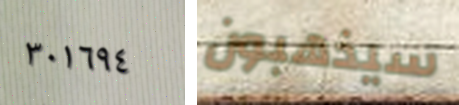
٣٠١٦٩٤ سيذهبون